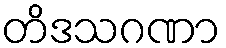
တိဒသဂဏာ